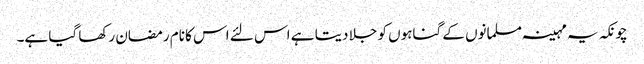
چونکہ یہ مہینہ مسلمانوں کے گناہوں کو جلا دیتا ہے اس لئے اس کا نام رمضان رکھا گیا ہے۔